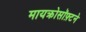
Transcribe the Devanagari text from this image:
मायक्रोसॉफ़्टने